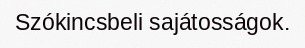
Szókincsbeli sajátosságok.